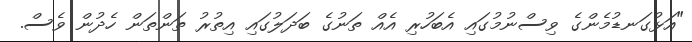
"އަޅުގަނޑުމެންގެ ވިސްނުމުގައި އެބަހުރި އެއް ތަނުގެ ބަދަލުގައި އިތުރު ތަންތަން ހެދުން ވެސް.